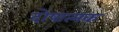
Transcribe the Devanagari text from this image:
दोषात्मक